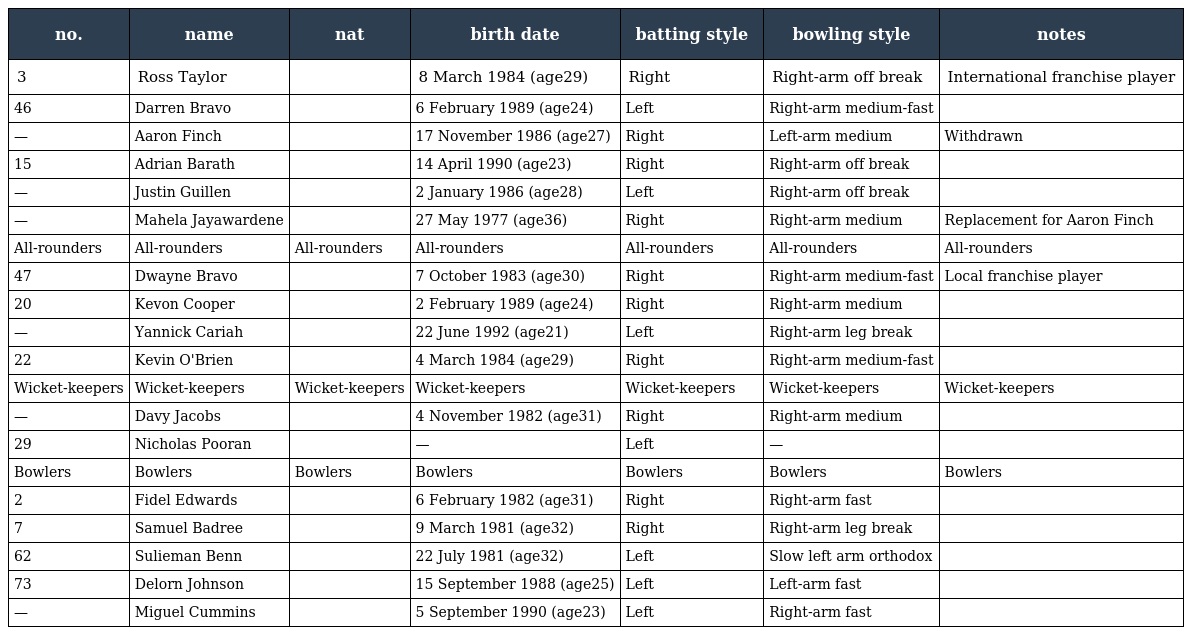
| no. | name | nat | birth date | batting style | bowling style | notes |
 | --- | --- | --- | --- | --- | --- | --- |
 | 3 | Ross Taylor |  | 8 March 1984 (age29) | Right | Right-arm off break | International franchise player |
 | 46 | Darren Bravo |  | 6 February 1989 (age24) | Left | Right-arm medium-fast |  |
 | — | Aaron Finch |  | 17 November 1986 (age27) | Right | Left-arm medium | Withdrawn |
 | 15 | Adrian Barath |  | 14 April 1990 (age23) | Right | Right-arm off break |  |
 | — | Justin Guillen |  | 2 January 1986 (age28) | Left | Right-arm off break |  |
 | — | Mahela Jayawardene |  | 27 May 1977 (age36) | Right | Right-arm medium | Replacement for Aaron Finch |
 | All-rounders | All-rounders | All-rounders | All-rounders | All-rounders | All-rounders | All-rounders |
 | 47 | Dwayne Bravo |  | 7 October 1983 (age30) | Right | Right-arm medium-fast | Local franchise player |
 | 20 | Kevon Cooper |  | 2 February 1989 (age24) | Right | Right-arm medium |  |
 | — | Yannick Cariah |  | 22 June 1992 (age21) | Left | Right-arm leg break |  |
 | 22 | Kevin O'Brien |  | 4 March 1984 (age29) | Right | Right-arm medium-fast |  |
 | Wicket-keepers | Wicket-keepers | Wicket-keepers | Wicket-keepers | Wicket-keepers | Wicket-keepers | Wicket-keepers |
 | — | Davy Jacobs |  | 4 November 1982 (age31) | Right | Right-arm medium |  |
 | 29 | Nicholas Pooran |  | — | Left | — |  |
 | Bowlers | Bowlers | Bowlers | Bowlers | Bowlers | Bowlers | Bowlers |
 | 2 | Fidel Edwards |  | 6 February 1982 (age31) | Right | Right-arm fast |  |
 | 7 | Samuel Badree |  | 9 March 1981 (age32) | Right | Right-arm leg break |  |
 | 62 | Sulieman Benn |  | 22 July 1981 (age32) | Left | Slow left arm orthodox |  |
 | 73 | Delorn Johnson |  | 15 September 1988 (age25) | Left | Left-arm fast |  |
 | — | Miguel Cummins |  | 5 September 1990 (age23) | Left | Right-arm fast |  |